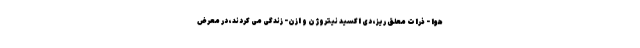
هوا - ذرات معلق ریز، دی اکسید نیتروژن و ازن- زندگی می کردند، در معرض